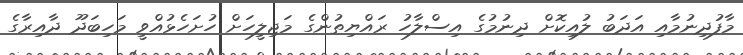
މާފުދިނުމާއި އަދަބު ލުއިކޮށް ދިނުމުގެ އިސްލާހު ރައްޔިތުންގެ މަޖިލީހަށް ހުށަހެޅުއްވީ މަހިބަދޫ ދާއިރާގެ